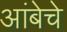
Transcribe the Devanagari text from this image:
आंबेचे